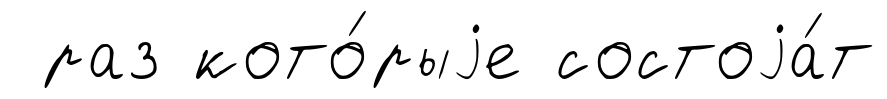
раз кото́рыjе состоjа́т